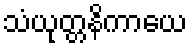
သံယုတ္တနိကာယေ